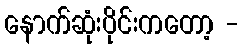
နောက်ဆုံးပိုင်းကတော့ -